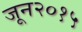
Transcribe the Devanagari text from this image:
जून२०१५